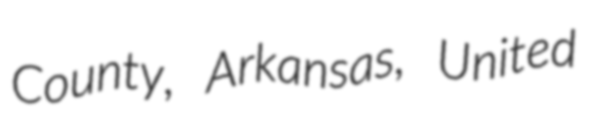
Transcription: County, Arkansas, United